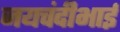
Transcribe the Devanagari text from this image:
जयचंदीभाई